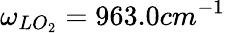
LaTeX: \omega_{LO_{2}}=963.0cm^{-1}